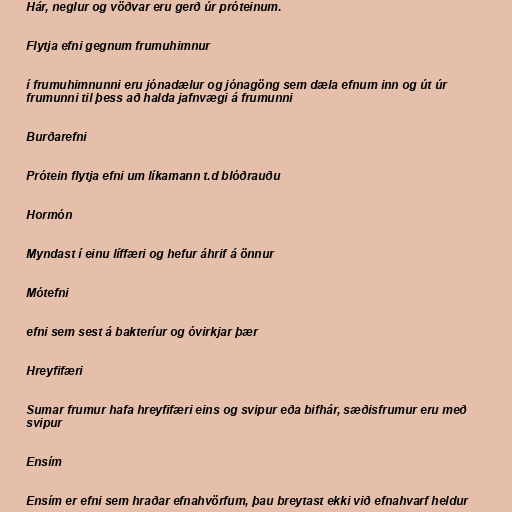
Hár, neglur og vöðvar eru gerð úr próteinum.

Flytja efni gegnum frumuhimnur

í frumuhimnunni eru jónadælur og jónagöng sem dæla efnum inn og út úr
frumunni til þess að halda jafnvægi á frumunni

Burðarefni

Prótein flytja efni um líkamann t.d blóðrauðu

Hormón

Myndast í einu líffæri og hefur áhrif á önnur

Mótefni

efni sem sest á bakteríur og óvirkjar þær

Hreyfifæri

Sumar frumur hafa hreyfifæri eins og svipur eða bifhár, sæðisfrumur eru með
svipur

Ensím

Ensím er efni sem hraðar efnahvörfum, þau breytast ekki við efnahvarf heldur